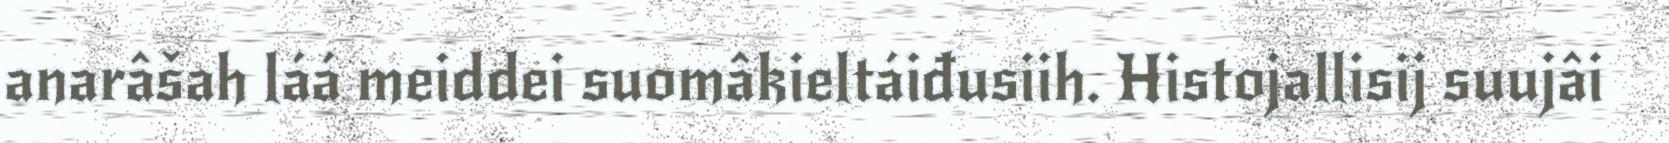
anarâšah láá meiddei suomâkieltáiđusiih. Histojallisij suujâi